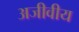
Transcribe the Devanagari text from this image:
अजीवीय